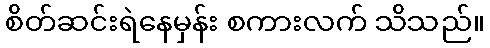
စိတ်ဆင်းရဲနေမှန်း စကားလက် သိသည်။